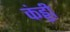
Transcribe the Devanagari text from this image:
कंड्डी